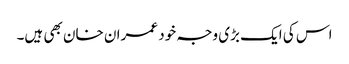
اس کی ایک بڑی وجہ خود عمران خان بھی ہیں۔